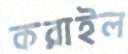
করাইল